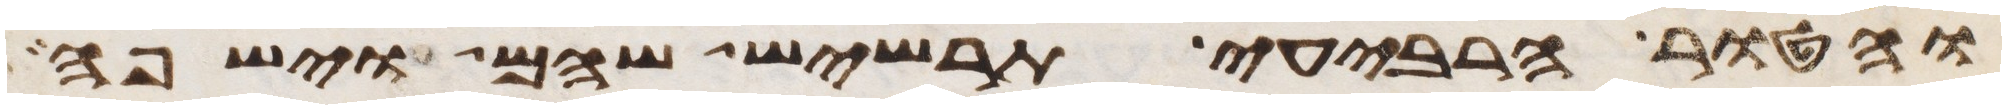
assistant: והטור הרביעי תרשיש שהם וישפה